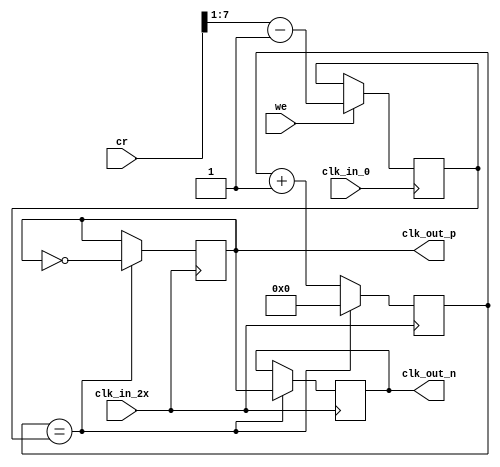
`timescale 1ns / 1ps
//////////////////////////////////////////////////////////////////////////////////
// Company: 
// 
// 
// Design Name: 
// Module Name:    clk_gen 
// Project Name: 
// Target Devices: 
// Tool versions: 
// Description: 
//
// Dependencies: 
//
// Revision: 
// Revision 0.01 - File Created
// Additional Comments: 
//
//////////////////////////////////////////////////////////////////////////////////
module clk_gen
(
    input clk_in_0,
    input clk_in_2x, 
    input we,
    input [7:0] cr,

    output clk_out_p,
    output clk_out_n  
);

    reg clk_out_p_r = 0;
    reg clk_out_n_r = 1;
    
    reg [7:0] counter = 0;
    reg [7:0] max_count_r;
    
// Maxcount Register
    always @(posedge clk_in_0) 
        if (we)
            max_count_r <= ({1'b0,cr[7:1]}-1);
         
// Counter
    always @(posedge clk_in_2x)
        if (counter == max_count_r)
            begin 
                counter <= 0;
                clk_out_p_r <= ~clk_out_p_r;
                clk_out_n_r <= clk_out_p;
            end
        else
            counter <= counter + 1;
                    
    assign clk_out_p = clk_out_p_r;
    assign clk_out_n = clk_out_n_r;

endmodule